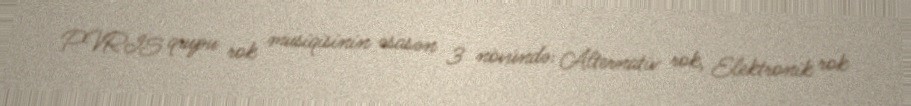
PVRIS qrupu rok musiqisinin əsasən 3 növündə: Alternativ rok, Elektronik rok